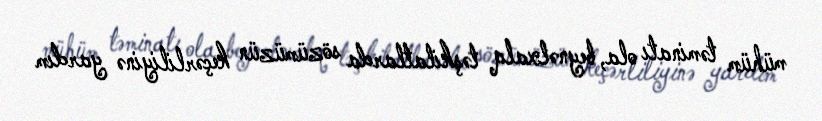
mühüm təminatı ola, beynəlxalq təşkilatlarda sözümüzün keçərliliyinə yardım